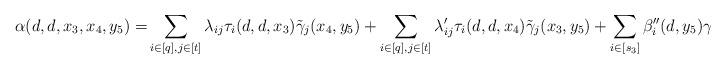
LaTeX: \begin{align*}\alpha(d,d, x_3, x_4, y_5) = &\sum_{i \in [q], j \in [t]} \lambda_{ij}\tau_i(d, d, x_3) \tilde{\gamma}_j(x_4, y_5) + \sum_{i \in [q], j \in [t]} \lambda'_{ij}\tau_i(d, d, x_4) \tilde{\gamma}_j(x_3, y_5) + \sum_{i \in [s_3]} \beta''_{i}(d, y_5) \gamma''_i(x_3, x_4)\end{align*}